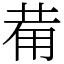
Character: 𤰇